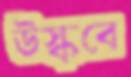
উস্‌কবে